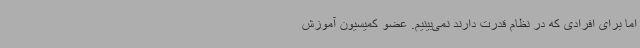
اما برای افرادی که در نظام قدرت دارند نمی‌بینیم. عضو کمیسیون آموزش